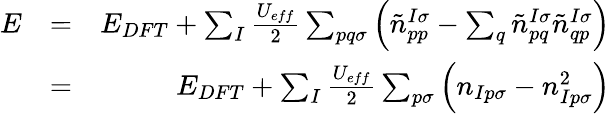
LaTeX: \begin{array}{rlr}{E}&{=}&{E_{DFT}+\sum_{I}\frac{U_{eff}}{2}\sum_{pq\sigma}\left(\tilde{n}_{pp}^{I\sigma}-\sum_{q}\tilde{n}_{pq}^{I\sigma}\tilde{n}_{qp}^{I\sigma}\right)}\\ &{=}&{E_{DFT}+\sum_{I}\frac{U_{eff}}{2}\sum_{p\sigma}\left(n_{Ip\sigma}-n_{Ip\sigma}^{2}\right)}\end{array}